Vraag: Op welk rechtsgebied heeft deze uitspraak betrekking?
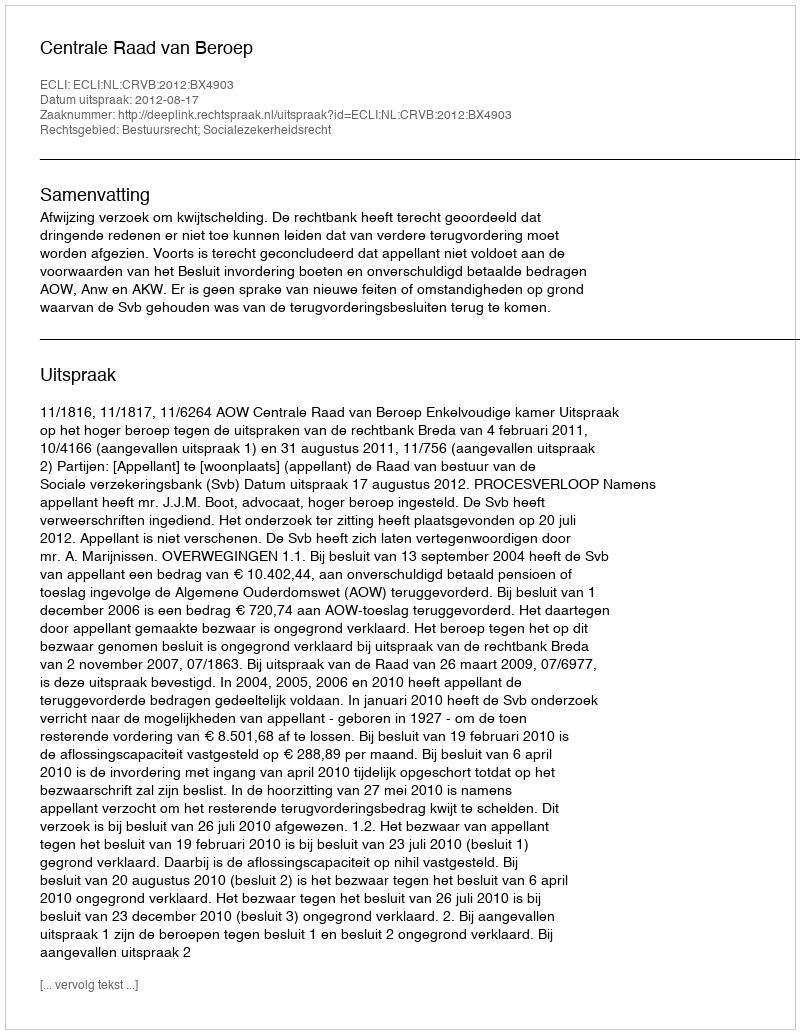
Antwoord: Bestuursrecht; Socialezekerheidsrecht